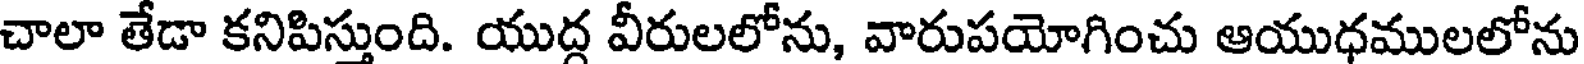
చాలా తేడా కనిపిస్తుంది. యుద్గ వీరులలోను, వారుపయోగించు ఆయుధములలోను